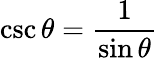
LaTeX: \csc\theta={\frac{1}{\sin\theta}}